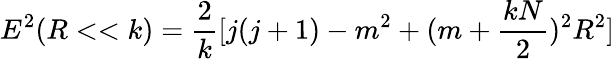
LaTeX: E^{2}(R<<k)=\frac{2}{k}[j(j+1)-m^{2}+(m+\frac{kN}{2})^{2}R^{2}]